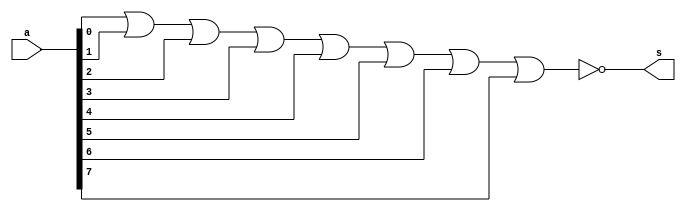
// ------------------------- 
// Exemplo0016 - nor 
// Nome: Mateus Lara Carvalho
// ------------------------- 

// --------------------- 
// -- nor gate 
// --------------------- 
	module batata (output s, input [7:0] a); 
	nor NOR1 (s, a[0], a[1], a[2], a[3], a[4], a[5], a[6], a[7]);	
	endmodule // nor

// --------------------- 
// -- test batata 
// --------------------- 

	module test; 

// ------------------------- dados locais 
	reg [7:0]a;
	wire s;
	batata BAT (s, a);

	

// ------------------------- preparacao 
	initial begin:start 
	a = 8'b00000000;

 
end
// ------------------------- parte principal 
	initial begin:main 
	$display("Exemplo0016 - Mateus Lara Carvalho - 441700"); 
	$display("Questo 11 - NOR"); 
	#1	a = 8'b00000000;
	#1 $display("%8b = %b", a, s);
end


endmodule // testbatata